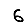
Digit: 6